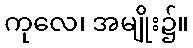
ကုလေ၊ အမျိုး၌။